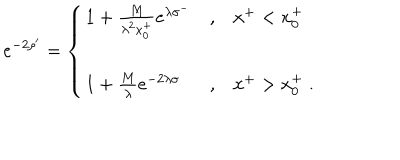
e ^ { - 2 \rho ^ { \prime } } = \left\{ \begin{array} { l c l } { { 1 + { \frac { M } { \lambda ^ { 2 } x _ { 0 } ^ { + } } } e ^ { \lambda \sigma ^ { - } } } } & { { , } } & { { x ^ { + } < x _ { 0 } ^ { + } \nonumber } } \\ { { 1 + { \frac { M } { \lambda } } e ^ { - 2 \lambda \sigma } } } & { { , } } & { { x ^ { + } > x _ { 0 } ^ { + } \; . } } \\ \end{array} \right.